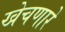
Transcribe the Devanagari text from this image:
खेचणारे